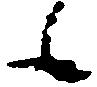
候